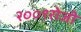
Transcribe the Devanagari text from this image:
२००९रोजी